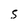
Character: 5